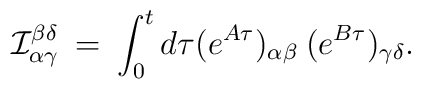
{\cal I}^{\beta\delta}_{\alpha\gamma} \:=\:\int^{t}_{0} d\tau (e^{A\tau})_{\alpha\beta}\:(e^{B\tau})_{\gamma\delta}.